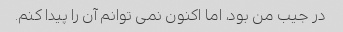
در جیب من بود، اما اکنون نمی توانم آن را پیدا کنم.